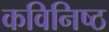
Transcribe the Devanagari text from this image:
कविनिष्ठ